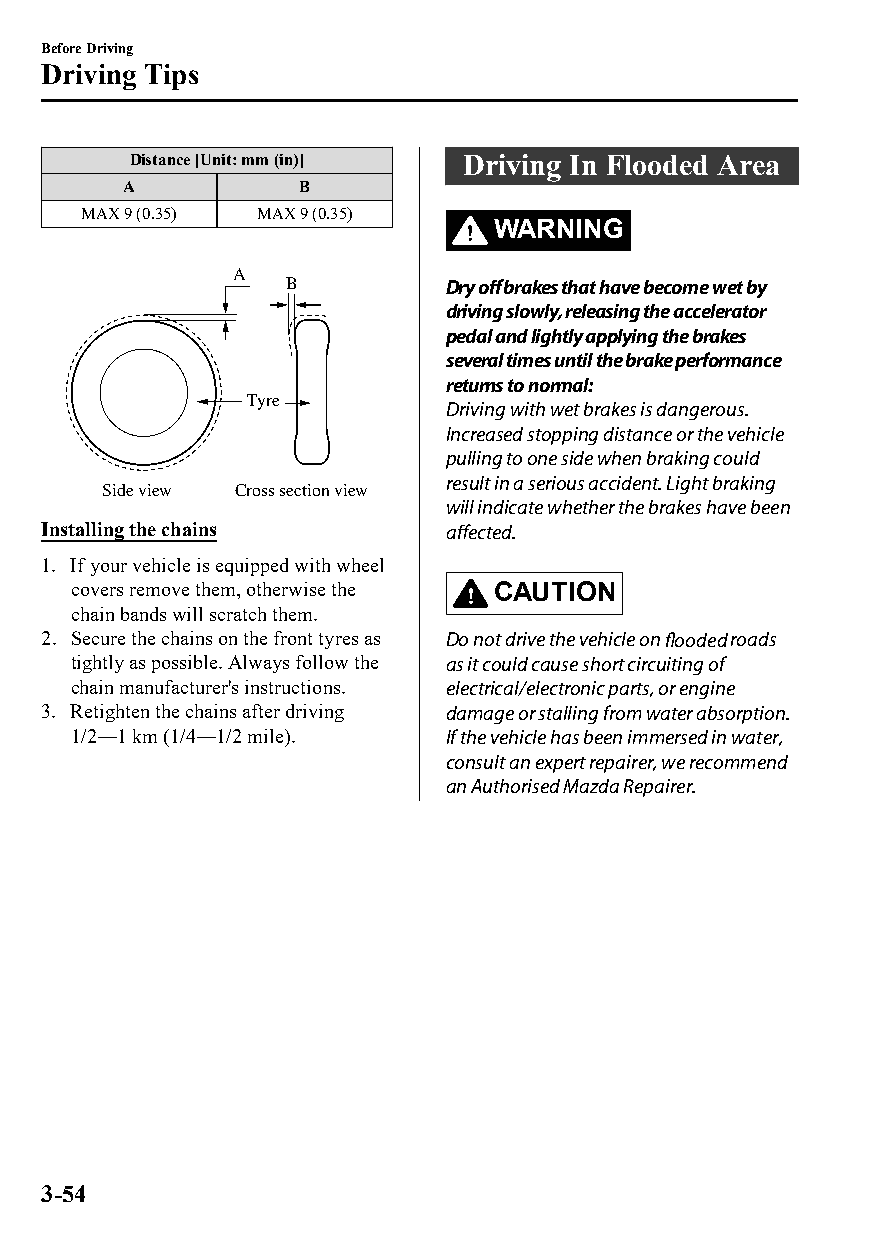
Before Driving
 Driving Tips
 Distance [Unit: mm (in)] Driving In Flooded Area
 A           B
 MAX 9 (0.35) MAX 9 (0.35)
 WARNING
 A
 B         Dry off brakes that have become wet by
 driving slowly, releasing the accelerator
 pedal and lightly applying the brakes
 several times until the brake performance
 returns to normal:
 Tyre
 Driving with wet brakes is dangerous.
 Increased stopping distance or the vehicle
 pulling to one side when braking could
 result in a serious accident. Light braking
 Side view Cross section view
 will indicate whether the brakes have been
 Installing the chains      affected.
 1. If your vehicle is equipped with wheel
 covers remove them, otherwise the CAUTION
 chain bands will scratch them.
 2. Secure the chains on the front tyres as Do not drive the vehicle on flooded roads
 tightly as possible. Always follow the as it could cause short circuiting of
 chain manufacturer's instructions. electrical/electronic parts, or engine
 3. Retighten the chains after driving damage or stalling from water absorption.
 1/2―1 km (1/4―1/2 mile). If the vehicle has been immersed in water,
 consult an expert repairer, we recommend
 an Authorised Mazda Repairer.
 3-54
 CX-3_8GT4-EE-18D_Edition4                  2018-9-6 18:32:19